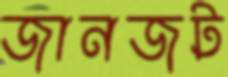
জানজট